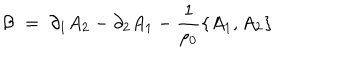
{ \mathcal B } \; = \; \partial _ { 1 } A _ { 2 } - \partial _ { 2 } A _ { 1 } - \frac { 1 } { \rho _ { 0 } } \{ A _ { 1 } , A _ { 2 } \}